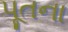
પૂતના